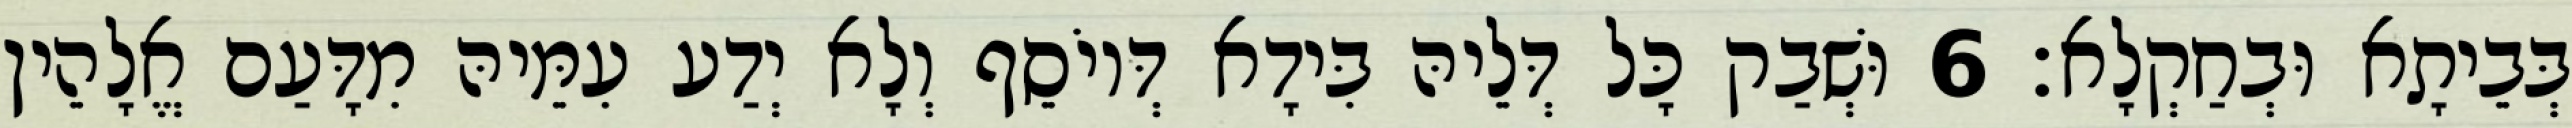
בְּבֵיתָא וּבְחַקְלָא׃ 6 וּשְׁבַק כָּל דְּלֵיהּ בִּידָא דְּיוֹסֵף וְלָא יְדַע עִמֵּיהּ מִדָּעַם אֱלָהֵין